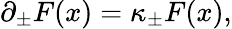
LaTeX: \partial_{\pm}F(x)=\kappa_{\pm}F(x),